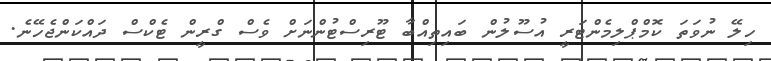
ހިލޭ ނުވަތަ ކޮމްޕްލިމެންޓަރީ އުސޫލުން ބައިތިއްބާ ޓޫރިސްޓުންނަށް ވެސް ގްރީން ޓެކްސް ދައްކަންޖެހޭނެ.